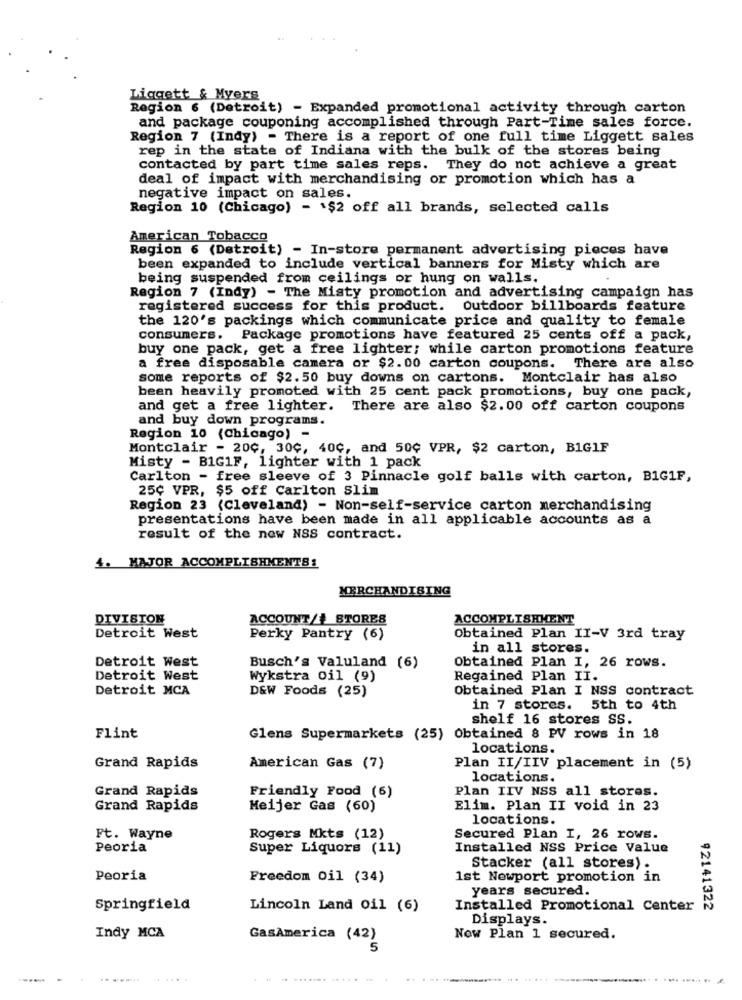
Liggett & Myers
Region 6 (Detroit) - Expanded promotional activity through carton
and package couponing accomplished through Part-Time sales force.
Region 7 (Indy) - There is a report of one full time Liggett sales
rep in the state of Indiana with the bulk of the stores being
contacted by part time sales reps. They do not achieve a great
deal of impact with merchandising or promotion which has a
negative impact on sales.
Region 10 (Chicago) - $2 off all brands, selected calls
American Tobacco
Region 6 (Detroit) - In-store permanent advertising pieces have
been expanded to include vertical banners for Misty which are
being suspended from ceilings or hung on walls.
Region 7 (Indy) - The Misty promotion and advertising campaign has
registered success for this product. Outdoor billboards feature
the 120's packings which communicate price and quality to female
consumers. Package promotions have featured 25 cents off a pack,
buy one pack, get a free lighter; while carton promotions feature
a free disposable camera or $2.00 carton coupons. There are also
some reports of $2.50 buy downs on cartons. Montclair has also
been heavily promoted with 25 cent pack promotions, buy one pack,
and get a free lighter. There are also $2.00 off carton coupons
and buy down programs.
Region 10 (Chicago) -
Montclair - 20¢, 30¢, 40¢, and 50℃ VPR, $2 carton, B1G1F
Misty - B1G1F, lighter with 1 pack
Carlton - free sleeve of 3 Pinnacle golf balls with carton, BIG1F,
25¢ VPR, $5 off Carlton Slim
Region 23 (Cleveland) - Non-self-service carton merchandising
presentations have been made in all applicable accounts as a
result of the new NSS contract.
4. MAJOR ACCOMPLISHMENTS:
MERCHANDISING
DIVISION
ACCOUNT/+ STORES
ACCOMPLISHMENT
Detroit West
Perky Pantry (6)
Obtained Plan II-V 3rd tray
in all stores.
Detroit West
Busch's Valuland (6)
Obtained Plan I, 26 rows.
Detroit West
Wykstra oil (9)
Regained Plan II.
Detroit MCA
Obtained Plan I NSS contract
D&W Foods (25)
in 7 stores. 5th to 4th
shelf 16 stores SS.
Flint
Glens Supermarkets (25) Obtained 8 PV rows in 18
locations.
Grand Rapids
American Gas (7)
Plan II/IIV placement in (5)
locations.
Grand Rapids
Friendly Food (6)
Plan IIV NSS all stores.
Grand Rapids
Meijer Gas (60)
Elim. Plan II void in 23
locations.
Ft. Wayne
Rogers Mkts (12)
Secured Plan I, 26 rows.
Peoria
Super Liquors (11)
Installed NSS Price Value
Stacker (all stores) .
Peoria
Freedom Oil (34)
1st Newport promotion in
years secured.
Springfield
Lincoln Land oil (6)
Installed Promotional Center
92141322
Displays.
Indy MCA
GasAmerica (42)
Now Plan 1 secured.
5